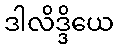
ဒါလိဒ္ဒိယေ